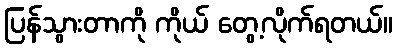
ပြန်သွားတာကို ကိုယ် တွေ့လိုက်ရတယ်။